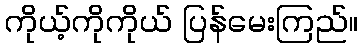
ကိုယ့်ကိုကိုယ် ပြန်မေးကြည်။